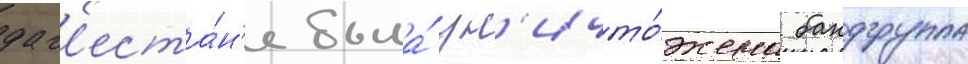
даг'еста́н'е была́ ун'ичто́жена бандгруппа